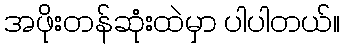
အဖိုးတန်ဆုံးထဲမှာ ပါပါတယ်။